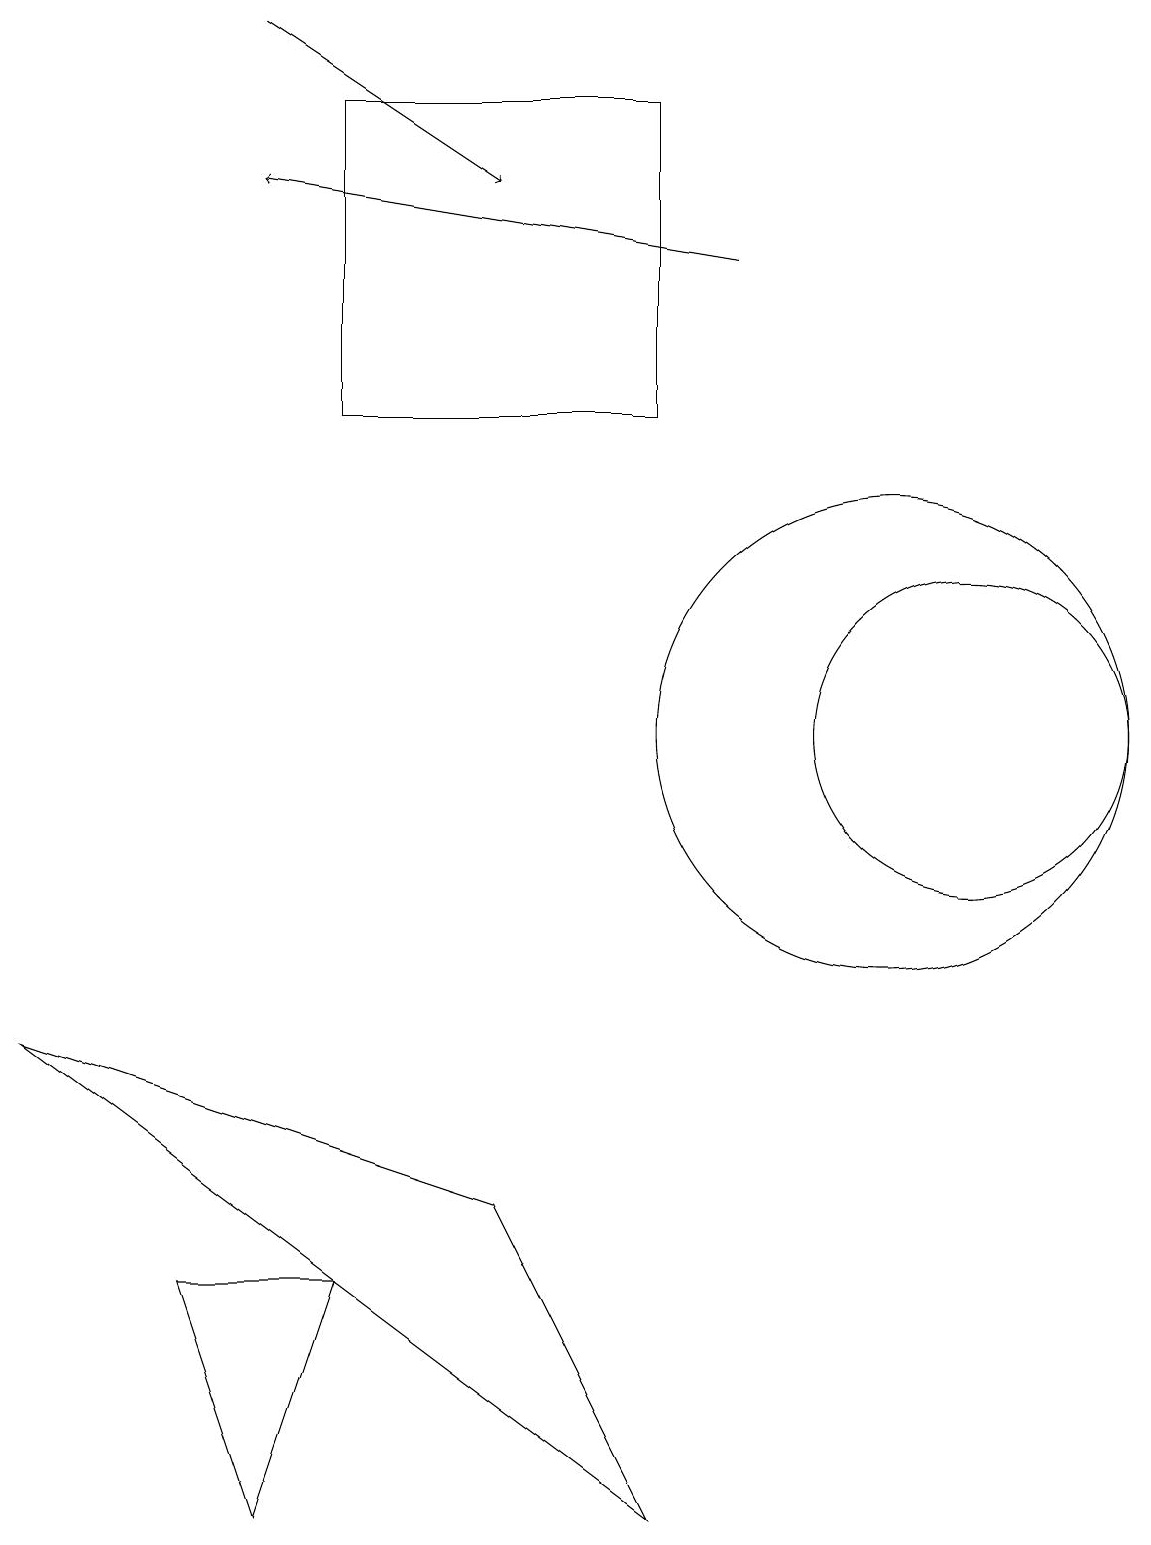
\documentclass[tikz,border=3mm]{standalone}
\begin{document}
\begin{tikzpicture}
\draw[->] (3,19) -- (6,17);
\draw (8,18) rectangle (4,14);
\draw (4,3) -- (3,0) -- (2,3) -- cycle;
\draw (12,10) circle (2);
\draw (0,6) -- (6,4) -- (8,0) -- cycle;
\draw (11,10) circle (3);
\draw[->] (9,16) -- (3,17);
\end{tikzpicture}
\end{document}